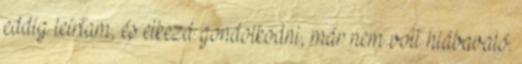
eddig leírtam, és elkezd gondolkodni, már nem volt hiábavaló.